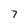
Character: 7